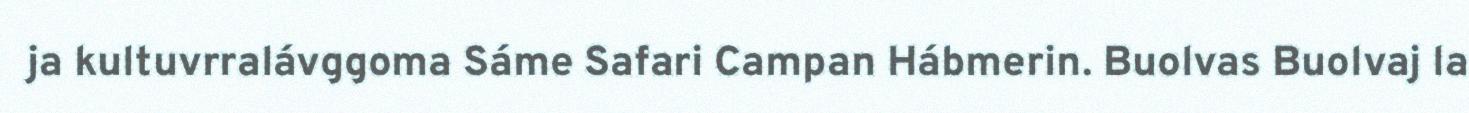
ja kultuvrralávggoma Sáme Safari Campan Hábmerin. Buolvas Buolvaj la